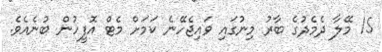
15 މޭލާ ދެމެދުގެ ބާރު މިނުގައި ވައިޖެހޭނެ ކަމަށް މެޓް އޮފީހުން ބުނެއެވެ.